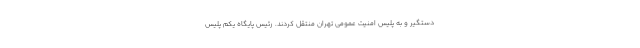
دستگیر و به پلیس امنیت عمومی تهران منتقل کردند. رئیس پایگاه یکم پلیس